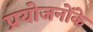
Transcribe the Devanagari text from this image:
प्रयोजनोंके